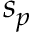
s _ { p }